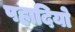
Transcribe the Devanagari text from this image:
पहादियो